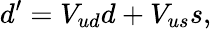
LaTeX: d^{\prime}=V_{ud}d+V_{us}s,